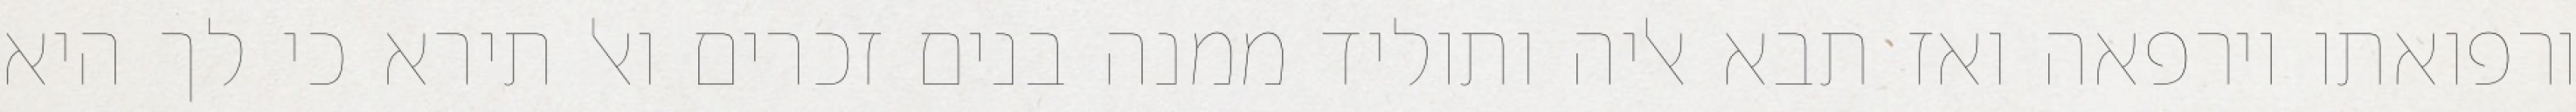
ורפואתו וירפאה ואז תבא אליה ותוליד ממנה בנים זכרים ואל תירא כי לך היא